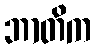
ဘာတိက